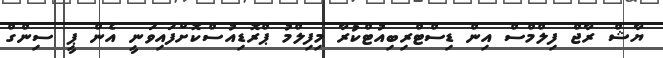
ޔާޝް ރާޖް ފިލްމްސް އިން ޑިސްޓްރިބިއުޓްކުރާ މިފިލްމު ޕްރޮޑިއުސްކޮށްފައިވަނީ އެން ޕީ ސިންގް